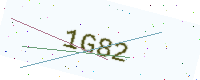
Text: 1G82